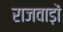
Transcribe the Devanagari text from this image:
राजवाड़ों